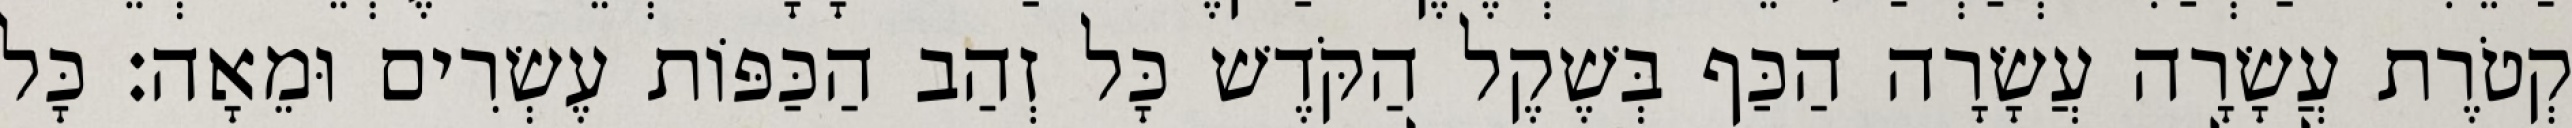
קְטֹרֶת עֲשָׂרָה עֲשָׂרָה הַכַּף בְּשֶׁקֶל הַקֹּדֶשׁ כָּל זְהַב הַכַּפּוֹת עֶשְׂרִים וּמֵאָה׃ כָּל